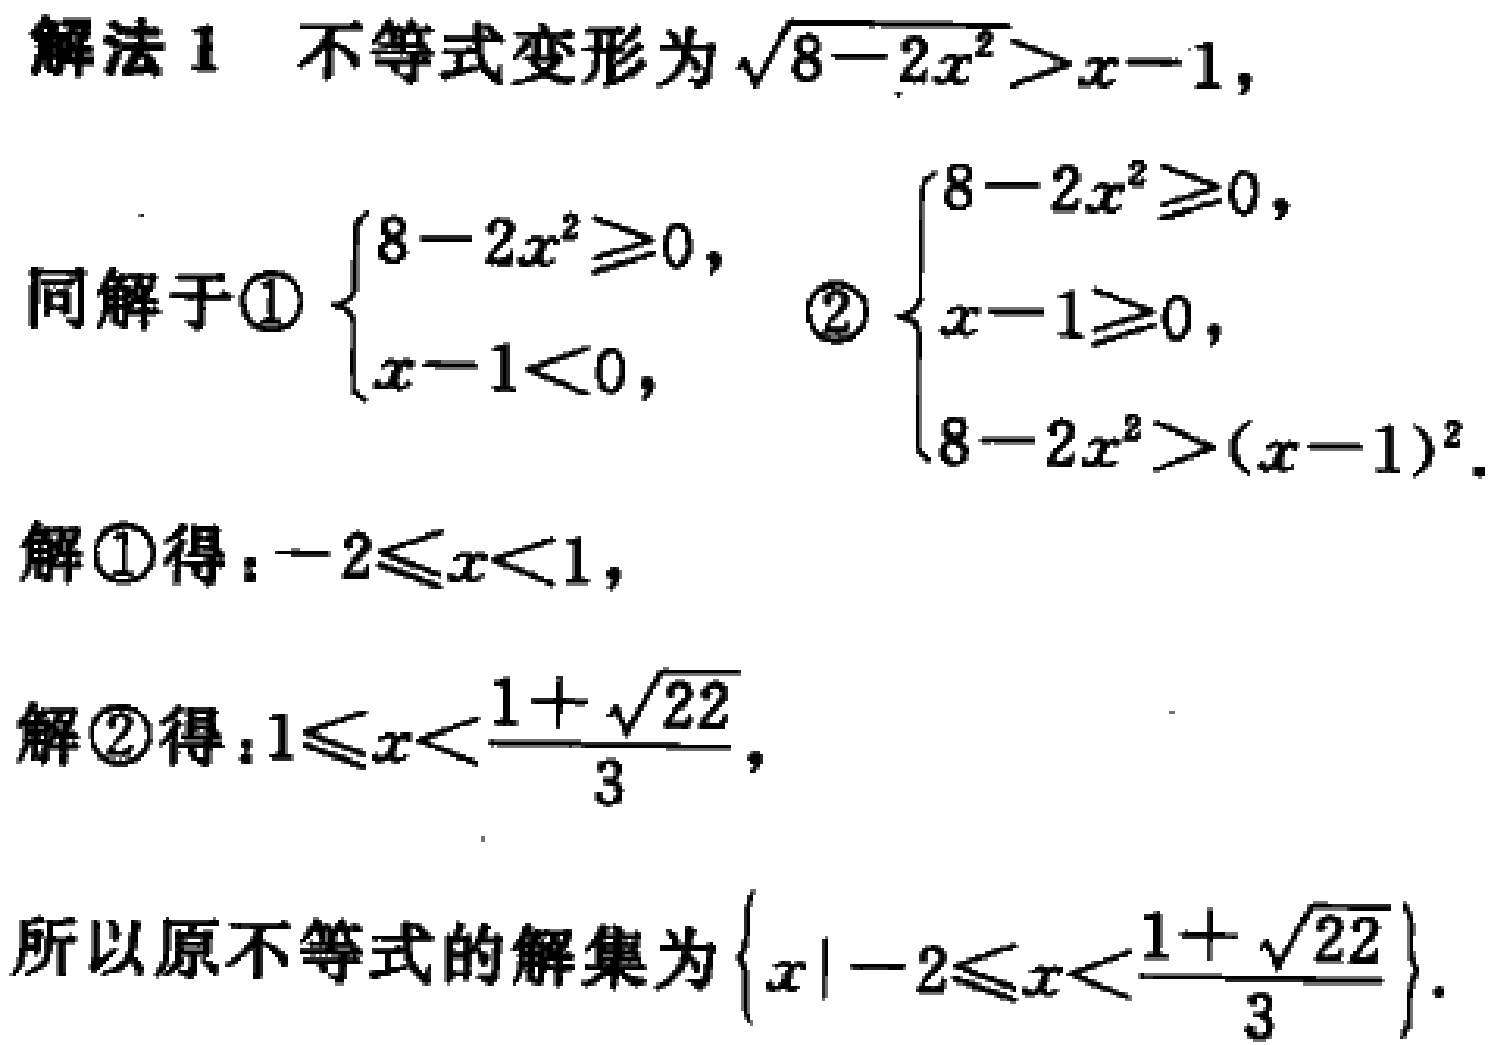
解法 1 不等式变形为\(\sqrt{8 - 2x^{2}}>x - 1\)，
同解于\textcircled{1}\(\begin{cases}8 - 2x^{2}\geqslant0, \\x - 1<0,\end{cases}\) \textcircled{2}\(\begin{cases}8 - 2x^{2}\geqslant0, \\x - 1\geqslant0, \\8 - 2x^{2}>(x - 1)^{2}.\end{cases}\)
解\textcircled{1}得：\(-2\leqslant x<1\)，
解\textcircled{2}得：\(1\leqslant x<\dfrac{1 + \sqrt{22}}{3}\)，
所以原不等式的解集为\(\left\{x\mid -2\leqslant x<\dfrac{1 + \sqrt{22}}{3}\right\}\).